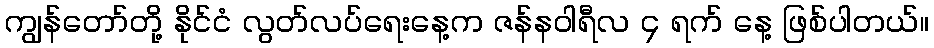
ကျွန်တော်တို့ နိုင်ငံ လွတ်လပ်ရေးနေ့က ဇန်နဝါရီလ ၄ ရက် နေ့ ဖြစ်ပါတယ်။